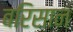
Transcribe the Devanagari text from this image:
बरिसान